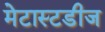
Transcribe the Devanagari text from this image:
मेटास्टडीज